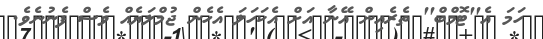
ހަމަ އެ''ޓޮމްބް'' ތެރެއިން އޭނާ އަށް އެކަހަލަ އެހެން ޖުމްލަޔެއް ވެސް ފެނުނެވެ.